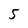
Character: 5